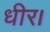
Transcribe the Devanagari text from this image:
धीर।